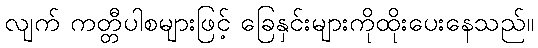
လျက် ကတ္တီပါစများဖြင့် ခြေနှင်းများကိုထိုးပေးနေသည်။